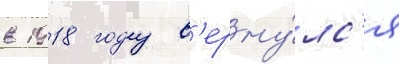
в 1918 году в'ерну́лс'я